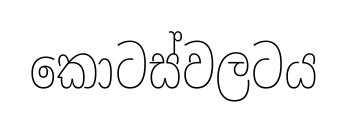
කොටස්වලටය